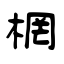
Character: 棢